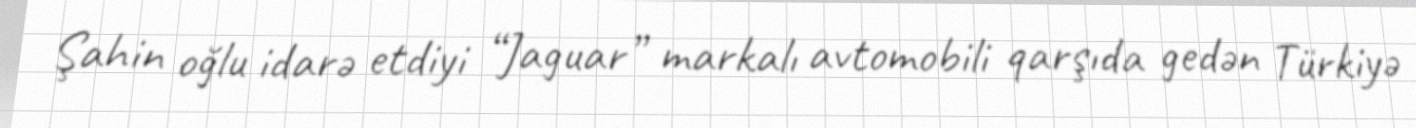
Şahin oğlu idarə etdiyi “Jaguar” markalı avtomobili qarşıda gedən Türkiyə